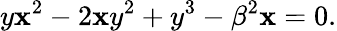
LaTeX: y\mathbf{x}^{2}-2\mathbf{x}y^{2}+y^{3}-\beta^{2}\mathbf{x}=0.